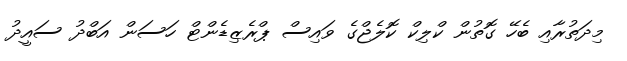
މިދަތުރާއި ބެހޭ ގޮތުން ކްލިކް ކޮލެޖްގެ ވައިސް ޕްރެޒިޑެންޓް ހަސަން އަބްދު ސައީދު